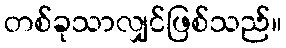
တစ်ခုသာလျှင်ဖြစ်သည်။